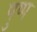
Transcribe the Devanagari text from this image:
पुष्प